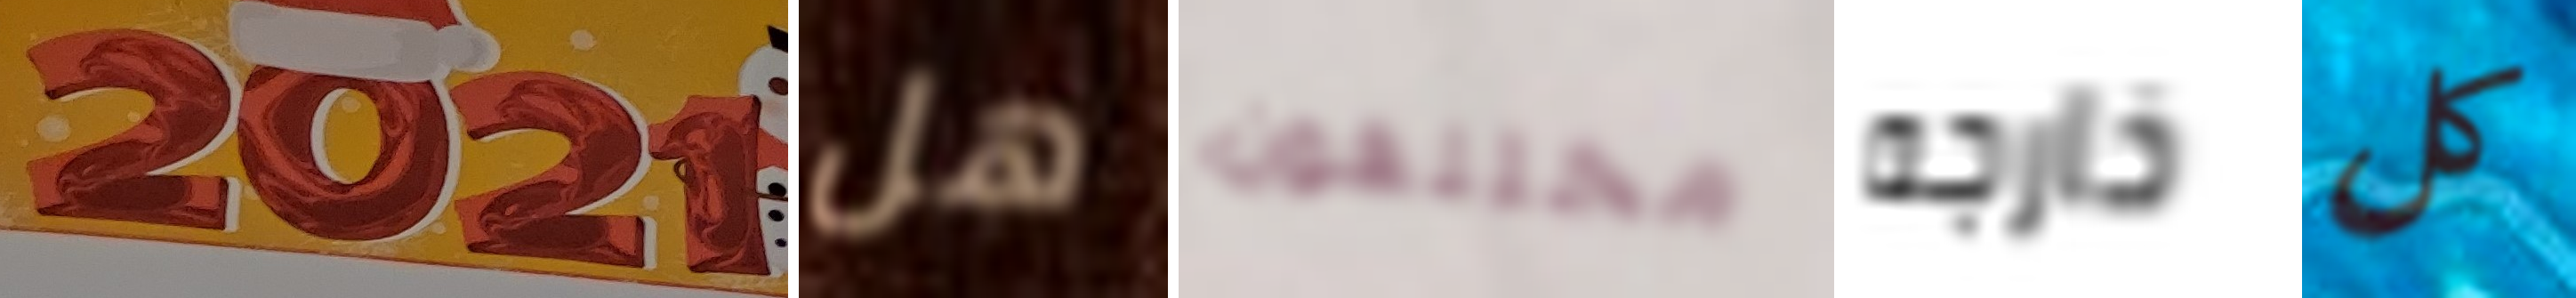
2021 هل مختلفون خارجه كل